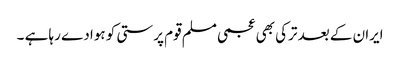
ایران کے بعد ترکی بھی عجمی مسلم قوم پرستی کو ہوا دے رہا ہے ۔